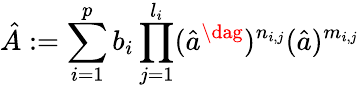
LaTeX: \hat{A}:=\sum_{i=1}^{p}b_{i}\prod_{j=1}^{l_{i}}(\hat{a}^{\dag})^{n_{i,j}}(\hat{a})^{m_{i,j}}